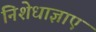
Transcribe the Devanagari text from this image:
निशेधाज्ञाएं